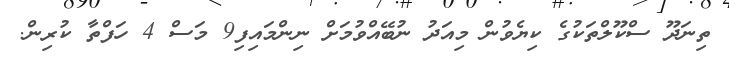
ތިނަދޫ ސްކޫލްތަކުގެ ކިޔެވުން މިއަދު ނުބޭއްވުމަށް ނިންމައިފި9 މަސް 4 ހަފްތާ ކުރިން.